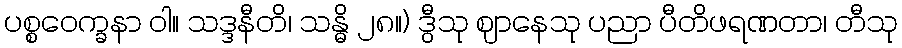
ပစ္စဝေက္ခနာ ဝါ။ သဒ္ဒနီတိ၊ သန္ဓိ ၂၈။) ဒွီသု ဈာနေသု ပညာ ပီတိဖရဏတာ၊ တီသု